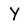
Character: Y